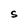
Character: S